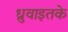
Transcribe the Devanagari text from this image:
ध्रुवाइतके